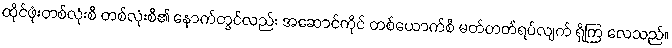
ထိုင်ဖုံးတစ်လုံးစီ တစ်လုံးစီ၏ နောက်တွင်လည်း အဆောင်ကိုင် တစ်ယောက်စီ မတ်တတ်ရပ်လျက် ရှိကြ လေသည်။